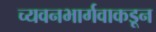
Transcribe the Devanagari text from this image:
च्यवनभार्गवाकडून